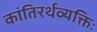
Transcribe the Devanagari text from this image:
कांतिरर्थव्यक्तिः